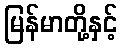
မြန်မာတို့နှင့်